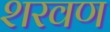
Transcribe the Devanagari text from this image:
शरवण